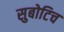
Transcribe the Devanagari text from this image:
सुबोटिच